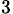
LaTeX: _\mathrm{3}